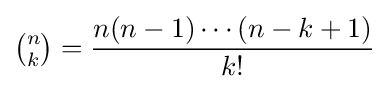
{\tbinom {n}{k}}={\frac {n(n-1)\cdots (n-k+1)}{k!}}